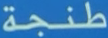
طنجة